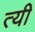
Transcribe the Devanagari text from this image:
त्यी